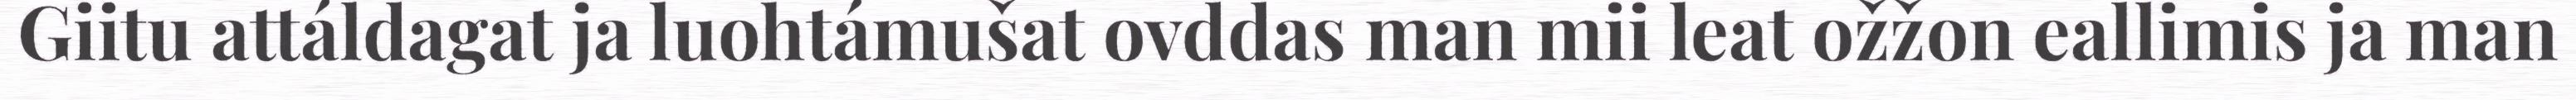
Giitu attáldagat ja luohtámušat ovddas man mii leat ožžon eallimis ja man